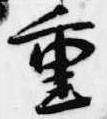
重